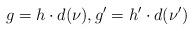
LaTeX: \begin{align*} g = h \cdot d(\nu), g' = h' \cdot d(\nu')\end{align*}